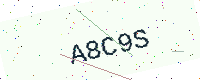
Text: A8C9S